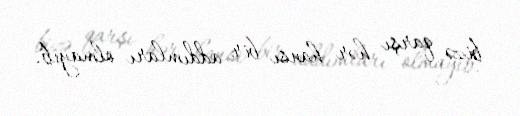
bizə qarşı hər hansı bir addımları olmayıb.